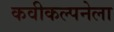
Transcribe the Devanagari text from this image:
कवीकल्पनेला